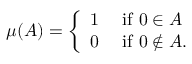
\mu ( A ) = { \left\{ \begin{array} { l l } { 1 } & { { \mathrm { ~ i f ~ } } 0 \in A } \\ { 0 } & { { \mathrm { ~ i f ~ } } 0 \notin A . } \end{array} \right. }